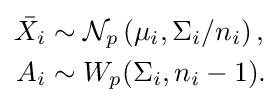
{\begin{aligned}{\bar {X_{i}}}&\sim {\mathcal {N}}_{p}\left(\mu _{i},\Sigma _{i}/n_{i}\right),\\A_{i}&\sim W_{p}(\Sigma _{i},n_{i}-1).\end{aligned}}